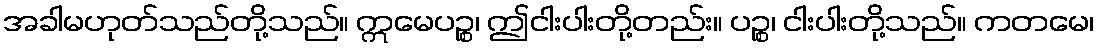
အခါမဟုတ်သည်တို့သည်။ ဣမေပဉ္စ၊ ဤငါးပါးတို့တည်း။ ပဉ္စ၊ ငါးပါးတို့သည်။ ကတမေ၊